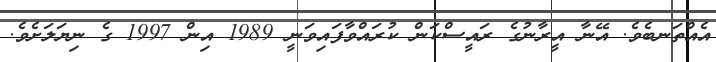
އެއްތަނބެވެ. އޭނާ އީރާނުގެ ރައީސްކަން ކުރައްވާފައިވަނީ 1989 އިން 1997 ގެ ނިޔަލަށެވެ.